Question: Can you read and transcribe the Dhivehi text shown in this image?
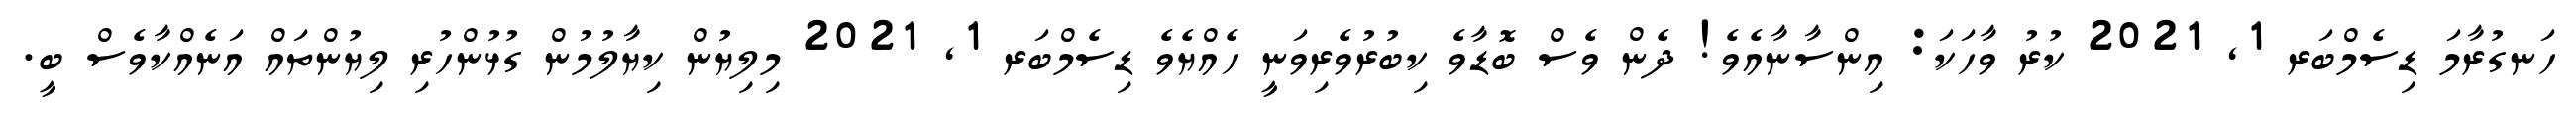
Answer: ހަނގުރާމަ ޑިސެމްބަރ 1, 2021 ކުރު ވާހަކަ: އިންސާނާއެވެ! ދެން ވެސް ބޮޑާވެ ކިބުރުވެރިވަނީ ހެއްޔެވެ ޑިސެމްބަރ 1, 2021 މިލިޔުން ކިޔާލުމުން ގުޅުންހުރި ލިޔުންތައް އަނެއްކާވެސް ބީ.